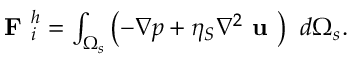
\begin{array} { r } { \textbf { F } _ { i } ^ { h } = \int _ { \Omega _ { s } } \left( - \nabla p + \eta _ { S } \nabla ^ { 2 } \textbf { u } \right) ~ d \Omega _ { s } . } \end{array}